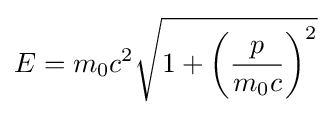
E=m_{0}c^{2}{\sqrt {1+\left({\frac {p}{m_{0}c}}\right)^{2}}}